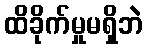
ထိခိုက်မှုမရှိဘဲ